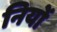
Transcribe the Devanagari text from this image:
नियों